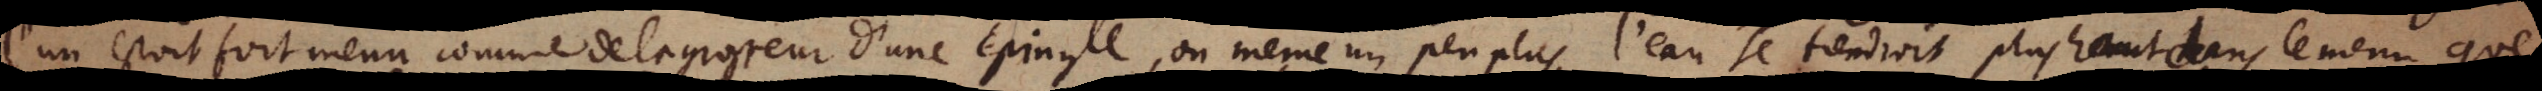
l’un estoit fort menu comme de la grosseur d’une epingle, ou même un peu plus, l’eau se tiendroit plus haut dans le menu, que